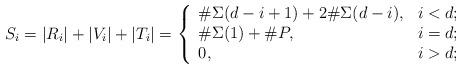
LaTeX: \begin{align*} S_i=|R_i| + |V_i| + |T_i| = \left\{ \begin{array}{lr} \#\Sigma(d-i+1) + 2\#\Sigma(d-i), & i < d;\\ \#\Sigma(1) + \#P, & i= d;\\ 0,& i>d; \end{array}\right.\end{align*}